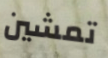
تمشين